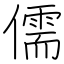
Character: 儒